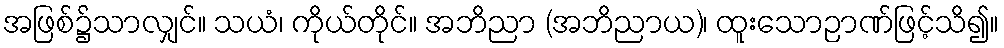
အဖြစ်၌သာလျှင်။ သယံ၊ ကိုယ်တိုင်။ အဘိညာ (အဘိညာယ)၊ ထူးသောဉာဏ်ဖြင့်သိ၍။